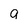
Character: a